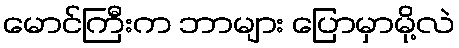
မောင်ကြီးက ဘာများ ပြောမှာမို့လဲ